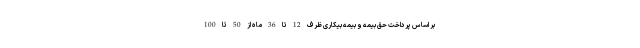
بر اساس پرداخت حق بیمه و بیمه بیکاری ظرف 12 تا 36 ماه از 50 تا 100